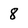
Character: 8